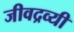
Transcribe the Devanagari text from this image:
जीवद्रव्यी